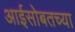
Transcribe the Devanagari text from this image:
आईसोबतच्या